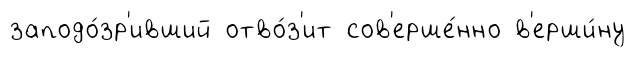
заподо́зр'ивший отво́з'ит сов'ерше́нно в'ерши́ну